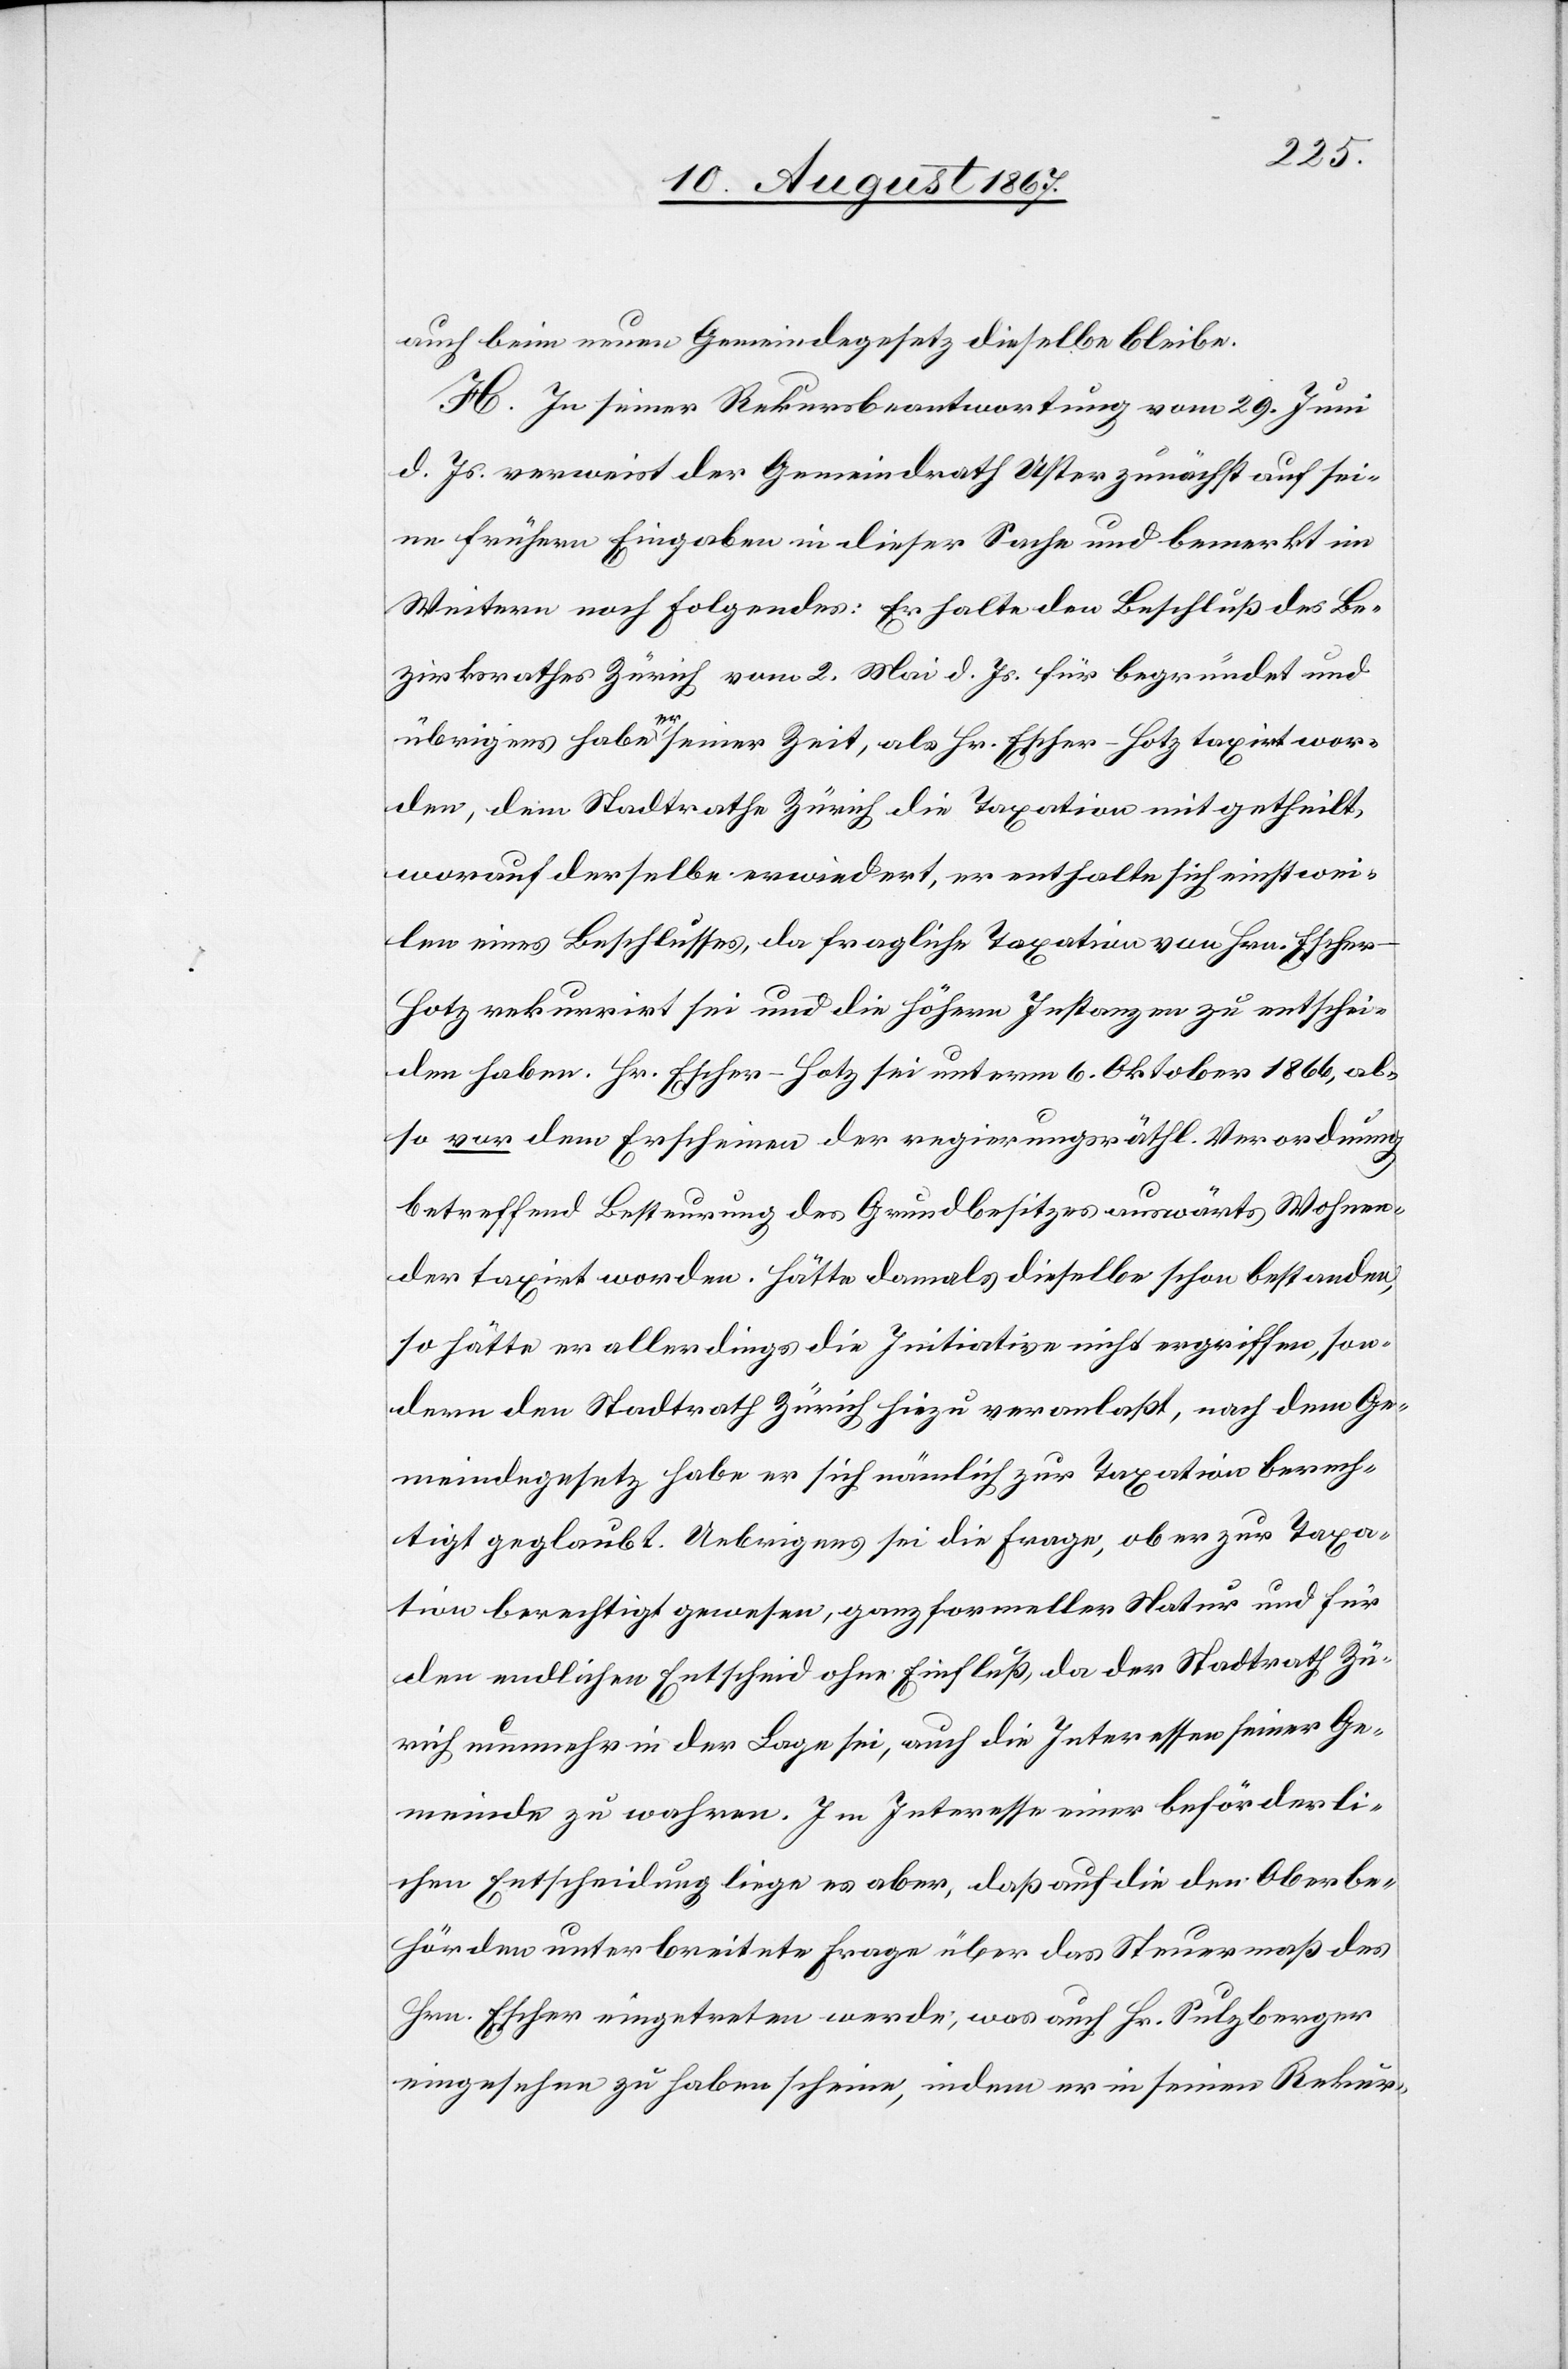
auch beim neuen Gemeindegesetz dieselbe bleibe.
H. In seiner Rekursbeantwortung vom 29. Juni
d. Js. verweist der Gemeindrath Uster zunächst auf sei¬
ne frühern Eingaben in dieser Sache und bemerkt im
Weitern noch Folgendes: Er halte den Beschluß des Be¬
zirksrathes Zürich vom 2. Mai d. Js. für begründet und
übrigens habe er seiner Zeit, als Hr. Escher-Hotz taxirt wor¬
den, dem Stadtrathe Zürich die Taxation mitgetheilt,
worauf derselbe erwiedert, er enthalte sich einstwe¬
ilen eines Beschlusses, da fragliche Taxation von Hrn. Esche¬
r-Hotz rekurrirt sei und die höhern Instanzen zu entschei¬
den haben. Hr. Escher-Hotz sei unterm 6. Oktober 1866, al¬
so vor dem Erscheinen der regierungsräthl. Verordnung
betreffend Besteurung des Grundbesitzes auswärts Wohnen¬
der taxirt worden. Hätte damals dieselbe schon bestanden,
so hätte er allerdings die Initiative nicht ergriffen, son¬
dern den Stadtrath Zürich hiezu veranlaßt, nach dem Ge¬
meindegesetz habe er sich nämlich zur Taxation berech¬
tigt geglaubt. Uebrigens sei die Frage, ob er zur Taxa¬
tion berechtigt gewesen, ganz formeller Natur und für
den endlichen Entscheid ohne Einfluß, da der Stadtrath Zü¬
rich nunmehr in der Lage sei, auch die Interessen seiner Ge¬
meinde zu wahren. Im Interesse einer beförderli¬
chen Entscheidung liege es aber, daß auf die den Oberbe¬
hörden unterbreitete Frage über das Steuermaß des
Hrn. Escher-Hotz eingetreten werde; was auch Hr. Sulzberger
eingesehen zu haben scheine, indem er in seinen Rekur-